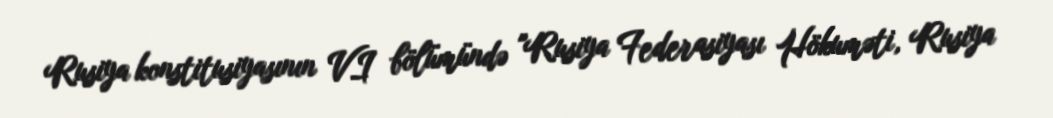
Rusiya konstitusiyasının VI bölümündə "Rusiya Federasiyası Hökuməti, Rusiya